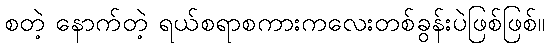
စတဲ့ နောက်တဲ့ ရယ်စရာစကားကလေးတစ်ခွန်းပဲဖြစ်ဖြစ်။